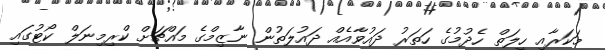
މަކަރާއި ހީލަތް ހެދުމުގެ ހަތަރު ދައުވާއެއް ދައުލަތުން ނާޒިމްގެ މައްޗަށް ކްރިމިނަލް ކޯޓުގައި